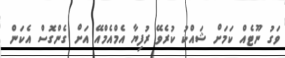
ވަގު ނޫޓެއް ކަމަށް ޝައްކު ކުރެވޭ ރުފިޔާ އެމްއެމްއޭ އަށް ގެންގޮސް އެކަން